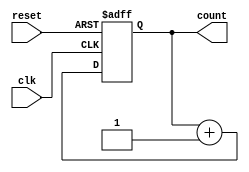
module async_reset_sync_counter (
    input wire clk,          // Clock signal
    input wire reset,        // Asynchronous reset signal
    output reg [3:0] count   // 4-bit counter output
);

// Always block for asynchronous reset
always @(posedge clk or posedge reset) begin
    if (reset) begin
        count <= 4'b0000;   // Reset counter to 0
    end else begin
        count <= count + 1; // Increment counter on clock edge
    end
end

endmodule